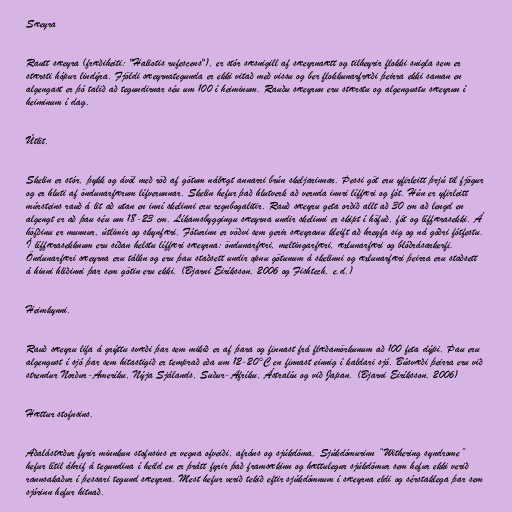
Sæeyra

Rautt sæeyra (fræðiheiti: "Haliotis rufescens"), er stór sæsnigill af sæeyrnaætt og tilheyrir flokki snigla sem er
stærsti hópur lindýra. Fjöldi sæeyrnategunda er ekki vitað með vissu og ber flokkunarfræði þeirra ekki saman en
algengast er þó talið að tegundirnar séu um 100 í heiminum. Rauðu sæeyrun eru stærstu og algengustu sæeyrun í
heiminum í dag.

Útlit.

Skelin er stór, þykk og ávöl með röð af götum nálægt annarri brún skeljarinnar. Þessi göt eru yfirleitt þrjú til fjögur
og er hluti af öndunarfærum lífverunnar. Skelin hefur það hlutverk að vernda innri líffæri og fót. Hún er yfirleitt
múrsteins rauð á lit að utan en inní skelinni eru regnbogalitir. Rauð sæeyru geta orðið allt að 30 cm að lengd en
algengt er að þau séu um 18-23 cm. Líkamsbyggingu sæeyrna undir skelinni er skipt í höfuð, fót og líffærasekki. Á
höfðinu er munnur, útlimir og skynfæri. Fóturinn er vöðvi sem gerir sæeyranu kleift að hreyfa sig og ná góðri fótfestu.
Í líffærasekknum eru síðan helstu líffæri sæeyrna: öndunarfæri, meltingarfæri, æxlunarfæri og blóðrásarkerfi.
Öndunarfæri sæeyrna eru tálkn og eru þau staðsett undir opnu götunum á skelinni og æxlunarfæri þeirra eru staðsett
á hinni hliðinni þar sem götin eru ekki. (Bjarni Eiríksson, 2006 og Fishtech, e.d.)

Heimkynni.

Rauð sæeyru lifa á grýttu svæði þar sem mikið er af þara og finnast frá flæðamörkunum að 100 feta dýpi. Þau eru
algengust í sjó þar sem hitastigið er temprað eða um 12-20°C en finnast einnig í kaldari sjó. Búsvæði þeirra eru við
strendur Norður-Ameríku, Nýja Sjálands, Suður-Afríku, Ástralíu og við Japan. (Bjarni Eiríksson, 2006)

Hættur stofnsins.

Aðalástæður fyrir minnkun stofnsins er vegna ofveiði, afráns og sjúkdóma. Sjúkdómurinn “Withering syndrome”
hefur lítil áhrif á tegundina í heild en er þrátt fyrir það framsækinn og hættulegur sjúkdómur sem hefur ekki verið
rannsakaður í þessari tegund sæeyrna. Mest hefur verið tekið eftir sjúkdómnum í sæeyrna eldi og sérstaklega þar sem
sjórinn hefur hitnað.